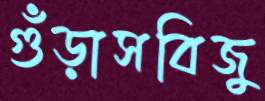
গুঁড়াসবিজু